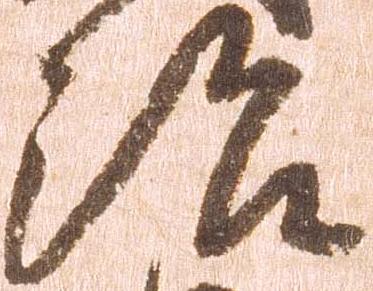
治